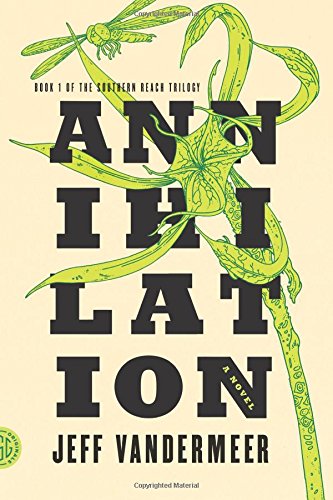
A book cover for Annihilation: A Novel (The Southern Reach Trilogy); Jeff VanderMeer; Science Fiction & Fantasy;